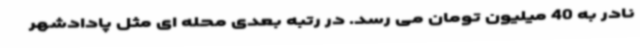
نادر به 40 میلیون تومان می رسد. در رتبه بعدی محله ای مثل پادادشهر